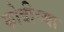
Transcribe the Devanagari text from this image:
कोबीच्या